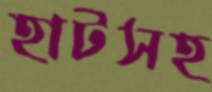
হাটসহ